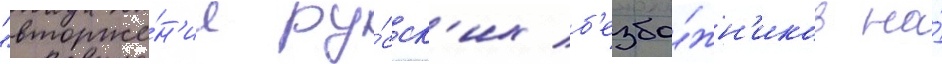
"вторже́н'ие ру́сск'их б'езбо́жн'иков на́